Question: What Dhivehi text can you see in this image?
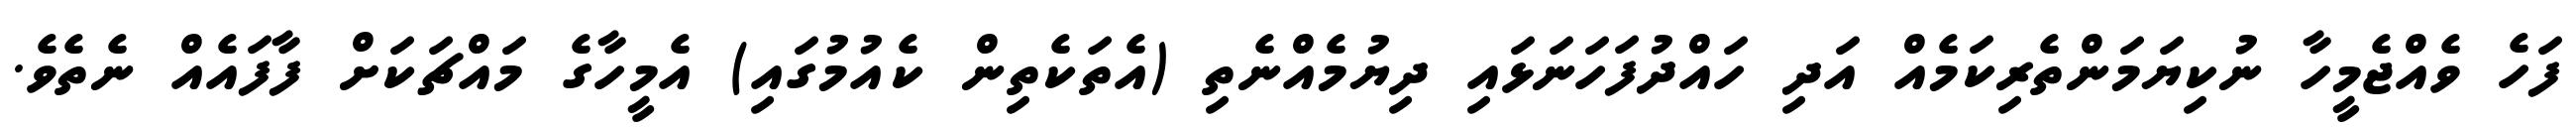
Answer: ފަހެ ވެއްޖެމީހާ ނުކިޔަމަންތެރިކަމެއް އަދި ހައްދުފަހަނަޅައި ދިޔުމެއްނެތި (އެތަކެތިން ކެއުމުގައި) އެމީހާގެ މައްޗަކަށް ފާފައެއް ނެތެވެ.